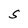
Character: S